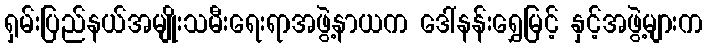
ရှမ်းပြည်နယ်အမျိုးသမီးရေးရာအဖွဲ့နာယက ဒေါ်နန်းရွှေမြင့် နှင့်အဖွဲ့များက